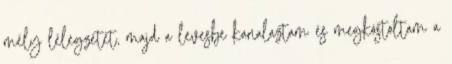
mély lélegzetet, majd a levesbe kanalaztam és megkóstoltam a